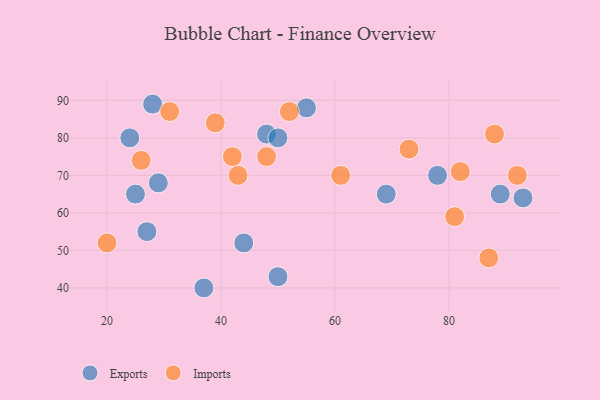
{"axis": {"x": "GDP", "y": "Life Expectancy"}, "legend": ["Exports", "Imports"], "data": [{"x": "24", "y": 80, "type": "Exports"}, {"x": "69", "y": 65, "type": "Exports"}, {"x": "48", "y": 81, "type": "Exports"}, {"x": "25", "y": 65, "type": "Exports"}, {"x": "93", "y": 64, "type": "Exports"}, {"x": "50", "y": 43, "type": "Exports"}, {"x": "28", "y": 89, "type": "Exports"}, {"x": "78", "y": 70, "type": "Exports"}, {"x": "27", "y": 55, "type": "Exports"}, {"x": "44", "y": 52, "type": "Exports"}, {"x": "50", "y": 80, "type": "Exports"}, {"x": "55", "y": 88, "type": "Exports"}, {"x": "37", "y": 40, "type": "Exports"}, {"x": "29", "y": 68, "type": "Exports"}, {"x": "89", "y": 65, "type": "Exports"}, {"x": "92", "y": 70, "type": "Imports"}, {"x": "87", "y": 48, "type": "Imports"}, {"x": "73", "y": 77, "type": "Imports"}, {"x": "88", "y": 81, "type": "Imports"}, {"x": "26", "y": 74, "type": "Imports"}, {"x": "31", "y": 87, "type": "Imports"}, {"x": "39", "y": 84, "type": "Imports"}, {"x": "52", "y": 87, "type": "Imports"}, {"x": "48", "y": 75, "type": "Imports"}, {"x": "82", "y": 71, "type": "Imports"}, {"x": "42", "y": 75, "type": "Imports"}, {"x": "20", "y": 52, "type": "Imports"}, {"x": "43", "y": 70, "type": "Imports"}, {"x": "61", "y": 70, "type": "Imports"}, {"x": "81", "y": 59, "type": "Imports"}]}